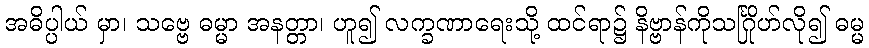
အဓိပ္ပါယ် မှာ၊ သဗ္ဗေ ဓမ္မာ အနတ္တာ၊ ဟူ၍ လက္ခဏာရေးသို့ ထင်ရာ၌ နိဗ္ဗာန်ကိုသင်္ဂြိုဟ်လို၍ ဓမ္မ